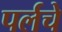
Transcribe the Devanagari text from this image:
पर्लचे